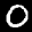
Label: 0